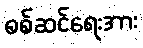
စစ်ဆင်ရေးအား